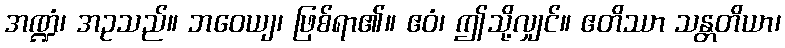
အဏ္ဍံ၊ အဥသည်။ ဘဝေယျ၊ ဖြစ်ရာ၏။ ဧဝံ၊ ဤသို့လျှင်။ ဧတိဿာ သန္တတိယာ၊